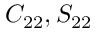
C _ { 2 2 } , S _ { 2 2 }